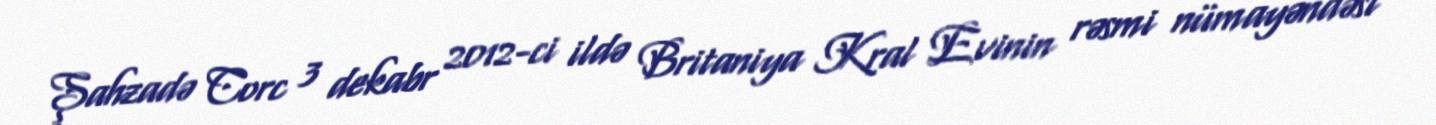
Şahzadə Corc 3 dekabr 2012-ci ildə Britaniya Kral Evinin rəsmi nümayəndəsi